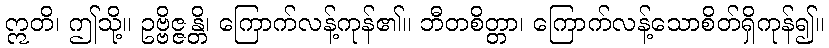
ဣတိ၊ ဤသို့။ ဥဗ္ဗိဇ္ဇန္တိ၊ ကြောက်လန့်ကုန်၏။ ဘီတစိတ္တာ၊ ကြောက်လန့်သောစိတ်ရှိကုန်၍။